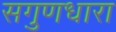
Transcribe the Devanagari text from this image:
सगुणधारा